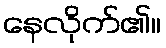
နေလိုက်၏။